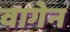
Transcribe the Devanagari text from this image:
वागेन